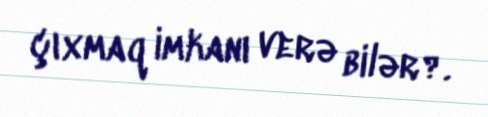
çıxmaq imkanı verə bilər?.